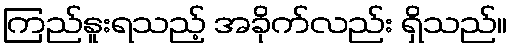
ကြည်နူးရသည့် အခိုက်လည်း ရှိသည်။